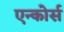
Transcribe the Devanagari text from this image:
एन्कोर्स